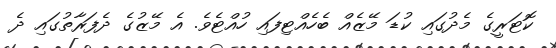
ކޮޓަރީގެ މެދުގައި ކުޑަ މޭޒެއް ބެހެއްޓިފައި ހުއްޓެވެ. އެ މޭޒުގެ ދެފަރާތުގައި ދެ